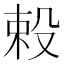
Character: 𬆥